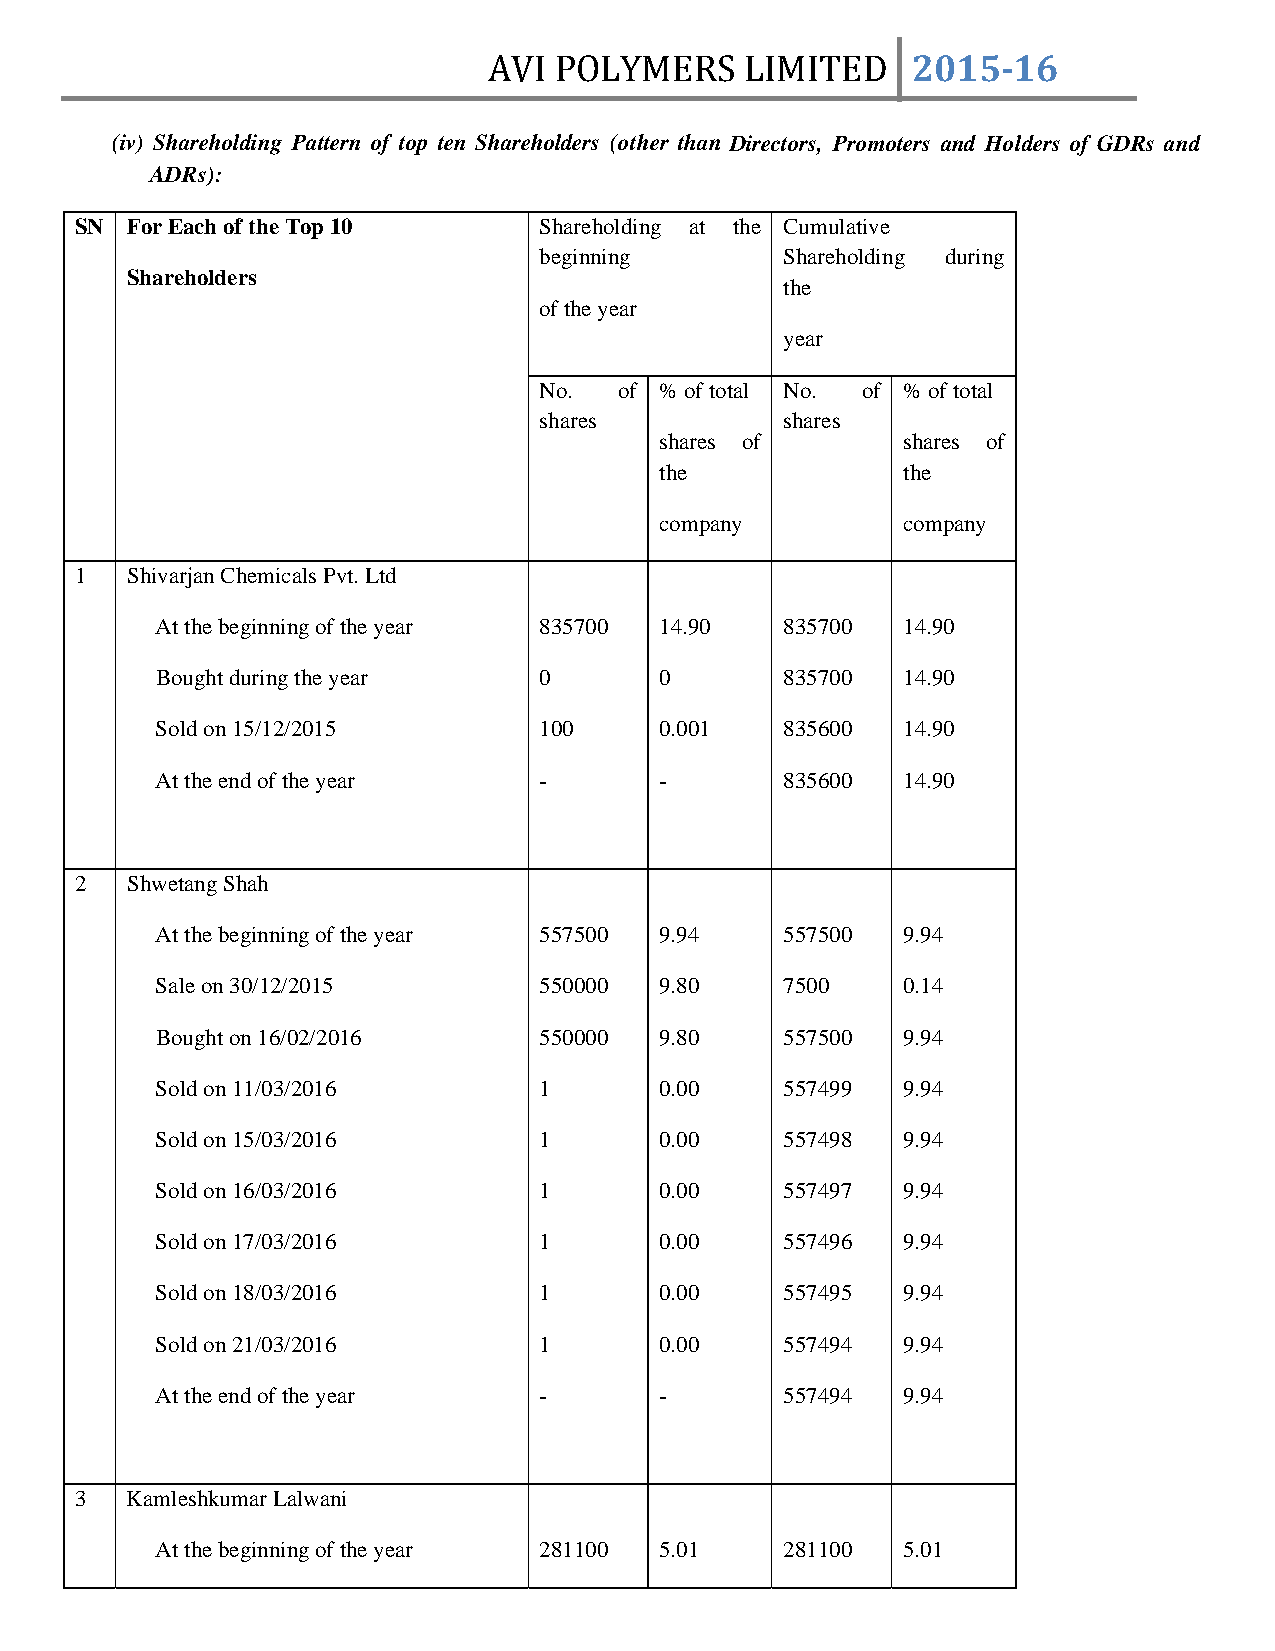
AVI  POLYMERS    LIMITED    2015­16
 (iv) Shareholding Pattern of top ten Shareholders (other than Directors, Promoters and Holders of GDRs and
 ADRs):
 SN For Each of the Top 10      Shareholding at the Cumulative
 beginning       Shareholding during
 Shareholders
 the
 of the year
 year
 No.  of % of total No. of % of total
 shares          shares
 shares of       shares of
 the             the
 company         company
 1  Shivarjan Chemicals Pvt. Ltd
 At the beginning of the year 835700 14.90 835700  14.90
 Bought during the year    0       0       835700  14.90
 Sold on 15/12/2015        100     0.001   835600  14.90
 At the end of the year    -       -       835600  14.90
 2  Shwetang Shah
 At the beginning of the year 557500 9.94  557500  9.94
 Sale on 30/12/2015        550000  9.80    7500    0.14
 Bought on 16/02/2016      550000  9.80    557500  9.94
 Sold on 11/03/2016        1       0.00    557499  9.94
 Sold on 15/03/2016        1       0.00    557498  9.94
 Sold on 16/03/2016        1       0.00    557497  9.94
 Sold on 17/03/2016        1       0.00    557496  9.94
 Sold on 18/03/2016        1       0.00    557495  9.94
 Sold on 21/03/2016        1       0.00    557494  9.94
 At the end of the year    -       -       557494  9.94
 3  Kamleshkumar Lalwani
 At the beginning of the year 281100 5.01  281100  5.01